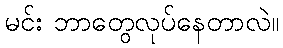
မင်း ဘာတွေလုပ်နေတာလဲ။